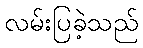
လမ်းပြခဲ့သည်